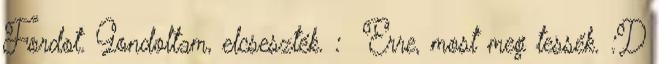
Fordot. Gondoltam, elcseszték. : Erre, most meg tessék. :D